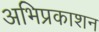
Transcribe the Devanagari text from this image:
अभिप्रकाशन